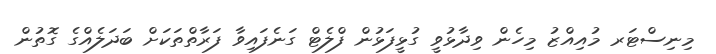
މިނިސްޓަރ މުއިއްޒު މިހެން ވިދާޅުވީ ގުޅީފަޅުން ފްލެޓް ގަނެފައިވާ ފަރާތްތަކަށް ބަދަލެއްގެ ގޮތުން